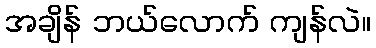
အချိန် ဘယ်လောက် ကျန်လဲ။